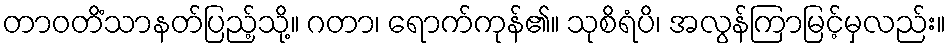
တာဝတိံသာနတ်ပြည့်သို့။ ဂတာ၊ ရောက်ကုန်၏။ သုစိရံပိ၊ အလွန်ကြာမြင့်မှလည်း။